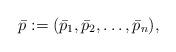
LaTeX: \begin{align*}\bar p := (\bar p_1, \bar p_2,\ldots, \bar p_n),\end{align*}